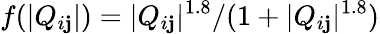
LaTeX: f(|Q_{i\mathbf{j}}|)=|Q_{i\mathbf{j}}|^{1.8}/(1+|Q_{i\mathbf{j}}|^{1.8})